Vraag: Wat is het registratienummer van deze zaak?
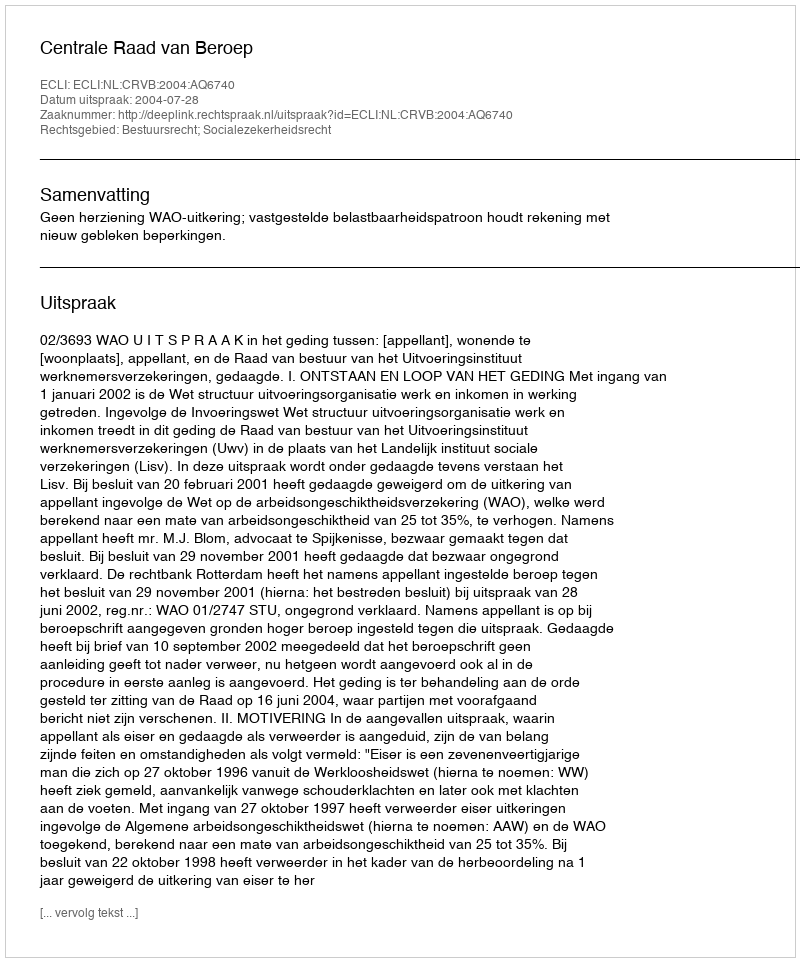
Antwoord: http://deeplink.rechtspraak.nl/uitspraak?id=ECLI:NL:CRVB:2004:AQ6740